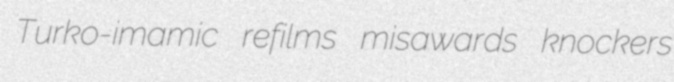
Turko-imamic refilms misawards knockers